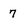
Character: 7